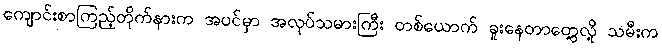
ကျောင်းစာကြည့်တိုက်နားက အပင်မှာ အလုပ်သမားကြီး တစ်ယောက် ခူးနေတာတွေ့လို့ သမီးက